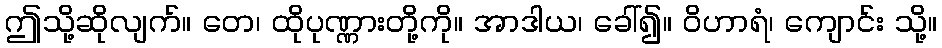
ဤသို့ဆိုလျက်။ တေ၊ ထိုပုဏ္ဏားတို့ကို။ အာဒါယ၊ ခေါ်၍။ ဝိဟာရံ၊ ကျောင်း သို့။